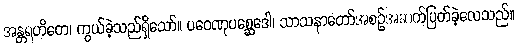
အန္တရဟိတေ၊ ကွယ်ခဲ့သည်ရှိသော်။ ပဝေဏုပစ္ဆေဒေါ၊ သာသနာတော်အစဉ်အဆက်ပြတ်ခဲ့လေသည်။